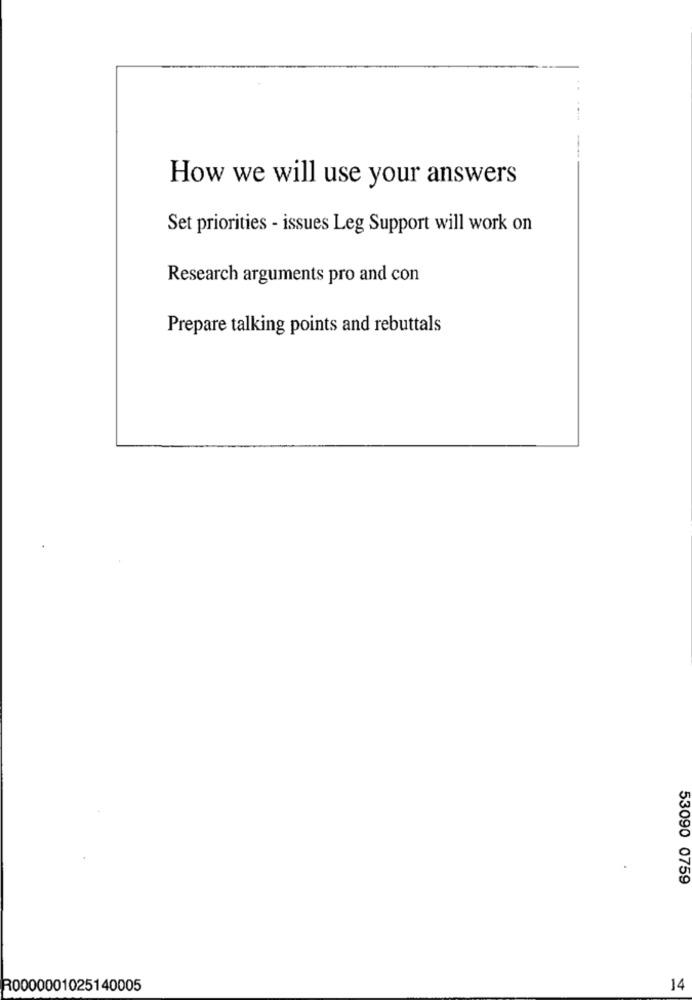
How we will use your answers
Set priorities - issues Leg Support will work on
Research arguments pro and con
Prepare talking points and rebuttals
53090 0759
R0000001025140005
14